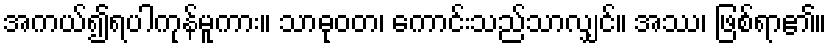
အကယ်၍ရပါကုန်မူကား။ သာဓုဝတ၊ ကောင်းသည်သာလျှင်။ အဿ၊ ဖြစ်ရာ၏။